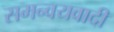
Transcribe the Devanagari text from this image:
समन्‍वयवादी